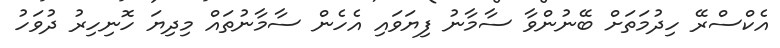
އެކްސްރޭ ހިދުމަތަށް ބޭނުންވާ ސާމާނު ފިޔަވައި އެހެން ސާމާނުތައް މިދިޔަ ހޮނިހިރު ދުވަހު